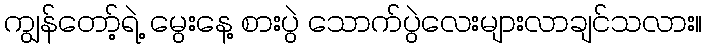
ကျွန်တော့်ရဲ့ မွေးနေ့ စားပွဲ သောက်ပွဲလေးများလာချင်သလား။